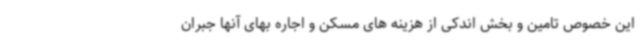
این خصوص تامین و بخش اندکی از هزینه های مسکن و اجاره بهای آنها جبران